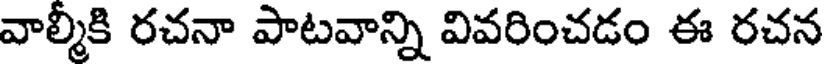
వాల్మీకి రచనా పాటవాన్ని వివరించడం ఈ రచన